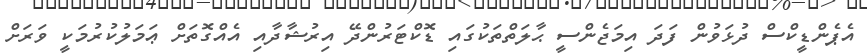
އެޕެންޑީކްސް ދުޅަވުން ފަދަ އިމަޖެންސީ ޙާލަތްތަކުގައި ޑޮކްޓަރުންދޭ އިރުޝާދާއި އެއްގޮތަށް ޢަމަލުކުރުމަކީ ވަރަށް